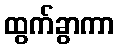
ထွက်ခွာကာ